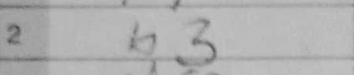
Transcription: b3